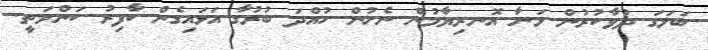
ބަލަގަ ދުވާކުރުން މަނާ އޮނރިޔާމުން ނެށުން ހުއްދަ ބުރުގާ އަޅައިގެން ކާފިރު ކަންމަތީ.